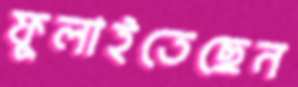
ফুলাইতেছেন